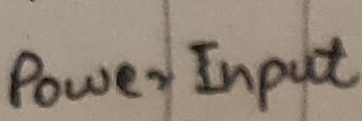
Text: Power Input